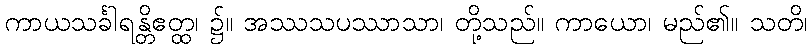
ကာယသင်္ခါရန္တိဧတ္ထ၊ ၌။ အဿသပဿာသာ၊ တို့သည်။ ကာယော၊ မည်၏။ သတိ၊